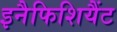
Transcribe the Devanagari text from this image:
इनैफिशियैंट